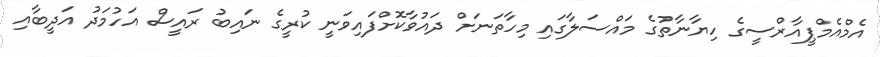
އެމްއެމްޕީއާރްސީގެ ހިޔާނާތުގެ މައްސަލާގައި މިހާތަނަށް ދައުވާކޮށްފައިވަނީ ކުރީގެ ނައިބު ރައީސް އަހުމަދު އަދީބާއި